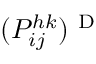
( P _ { i j } ^ { h k } ) ^ { \mathrm { ~ D ~ } }